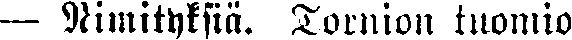
— Nimityksiä. Tornion tuomio